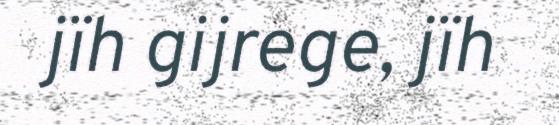
jïh gijrege, jïh